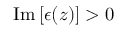
\mathrm { I m } \left[ \epsilon ( z ) \right] > 0